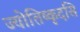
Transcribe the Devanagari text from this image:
ज्योतिष्कृदसि